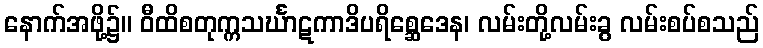
နောက်အဖို့၌။ ဝီထိစတုက္ကသင်္ဃာဋကာဒိပရိစ္ဆေဒေန၊ လမ်းတို့လမ်းခွ လမ်းစပ်စသည်